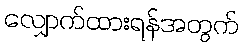
လျှောက်ထားရန်အတွက်